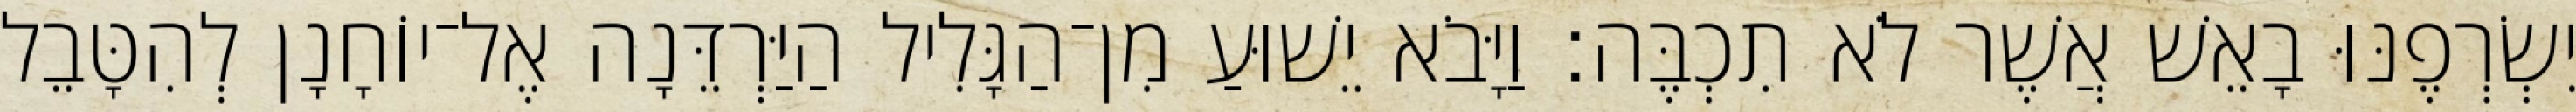
יִשְׂרְפֶנּוּ בָאֵשׁ אֲשֶׁר לֹא תִכְבֶּה׃ וַיָּבֹא יֵשׁוּעַ מִן־הַגָּלִיל הַיַּרְדֵּנָה אֶל־יוֹחָנָן לְהִטָּבֵל